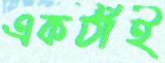
একঠাঁই